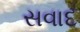
સવાદ